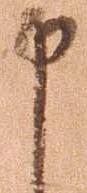
申